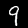
Label: 9